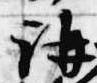
講